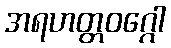
အရဟတ္တဝဂ္ဂေါ